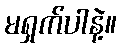
မရှက်ပါနဲ့။